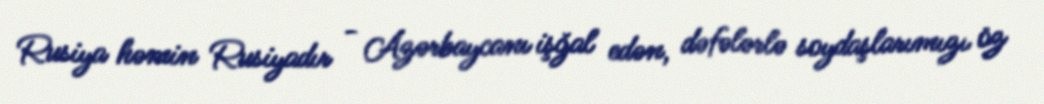
Rusiya həmin Rusiyadır - Azərbaycanı işğal edən, dəfələrlə soydaşlarımızı öz